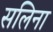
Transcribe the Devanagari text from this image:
सलिना